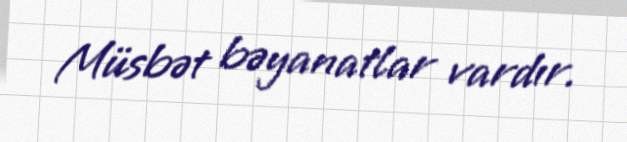
Müsbət bəyanatlar vardır.